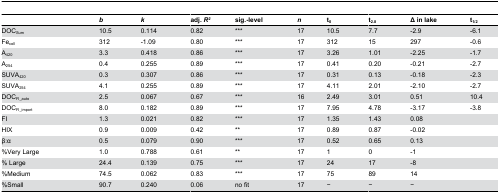
<table><thead><tr><td></td><td><b><i>b</i></b></td><td><b><i>k</i></b></td><td><b>adj. <i>R</i><sup><i>2</i></sup></b></td><td><b>sig.-level</b></td><td><b><i>n</i></b></td><td><b>t<sub>0</sub></b></td><td><b>t<sub>2.8</sub></b></td><td><b>Δ in lake</b></td><td><b>t<sub>1/2</sub></b></td></tr></thead><tbody><tr><td>DOC<sub>Sum</sub></td><td>10.5</td><td>0.114</td><td>0.82</td><td>***</td><td>17</td><td>10.5</td><td>7.7</td><td>-2.9</td><td>-6.1</td></tr><tr><td>Fe<sub>coll</sub></td><td>312</td><td>-1.09</td><td>0.80</td><td>***</td><td>17</td><td>312</td><td>15</td><td>297</td><td>-0.6</td></tr><tr><td>A<sub>420</sub></td><td>3.3</td><td>0.418</td><td>0.86</td><td>***</td><td>17</td><td>3.26</td><td>1.01</td><td>-2.25</td><td>-1.7</td></tr><tr><td>A<sub>254</sub></td><td>0.4</td><td>0.255</td><td>0.89</td><td>***</td><td>17</td><td>0.41</td><td>0.20</td><td>-0.21</td><td>-2.7</td></tr><tr><td>SUVA<sub>420</sub></td><td>0.3</td><td>0.307</td><td>0.86</td><td>***</td><td>17</td><td>0.31</td><td>0.13</td><td>-0.18</td><td>-2.3</td></tr><tr><td>SUVA<sub>254</sub></td><td>4.1</td><td>0.255</td><td>0.89</td><td>***</td><td>17</td><td>4.11</td><td>2.01</td><td>-2.10</td><td>-2.7</td></tr><tr><td>DOC<sub>FI_auto</sub></td><td>2.5</td><td>0.067</td><td>0.67</td><td>***</td><td>16</td><td>2.49</td><td>3.01</td><td>0.51</td><td>10.4</td></tr><tr><td>DOC<sub>FI_import</sub></td><td>8.0</td><td>0.182</td><td>0.89</td><td>***</td><td>17</td><td>7.95</td><td>4.78</td><td>-3.17</td><td>-3.8</td></tr><tr><td>FI</td><td>1.3</td><td>0.021</td><td>0.82</td><td>***</td><td>17</td><td>1.35</td><td>1.43</td><td>0.08</td><td></td></tr><tr><td>HIX</td><td>0.9</td><td>0.009</td><td>0.42</td><td>**</td><td>17</td><td>0.89</td><td>0.87</td><td>-0.02</td><td></td></tr><tr><td>β:α</td><td>0.5</td><td>0.079</td><td>0.90</td><td>***</td><td>17</td><td>0.52</td><td>0.65</td><td>0.13</td><td></td></tr><tr><td>%Very Large</td><td>1.0</td><td>0.788</td><td>0.61</td><td>**</td><td>17</td><td>1</td><td>0</td><td>-1</td><td></td></tr><tr><td>% Large</td><td>24.4</td><td>0.139</td><td>0.75</td><td>***</td><td>17</td><td>24</td><td>17</td><td>-8</td><td></td></tr><tr><td>%Medium</td><td>74.5</td><td>0.062</td><td>0.83</td><td>***</td><td>17</td><td>75</td><td>89</td><td>14</td><td></td></tr><tr><td>%Small</td><td>90.7</td><td>0.240</td><td>0.06</td><td>no fit</td><td>17</td><td>−</td><td>−</td><td>−</td><td></td></tr></tbody></table>